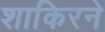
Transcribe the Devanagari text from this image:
शाकिरने